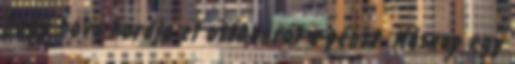
hogy hova hordja el otthonról a pénzt. Másnap egy